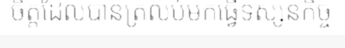
ចិត្តដែលបានត្រលប់មកធ្វើទស្សនកិច្ច